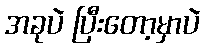
အခုပဲ ပြီးတော့မှာပဲ